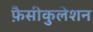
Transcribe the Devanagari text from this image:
फ़ैसीकुलेशन